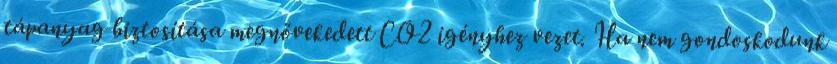
tápanyag biztosítása megnövekedett CO2 igényhez vezet. Ha nem gondoskodunk